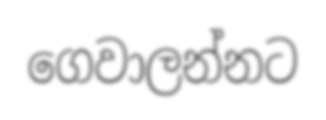
ගෙවාලන්නට